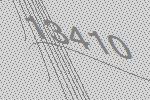
13410